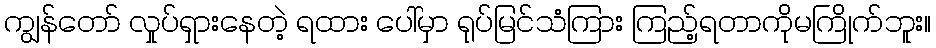
ကျွန်တော် လှုပ်ရှားနေတဲ့ ရထား ပေါ်မှာ ရုပ်မြင်သံကြား ကြည့်ရတာကိုမကြိုက်ဘူး။